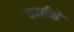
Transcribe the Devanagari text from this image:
कार्यक्षे